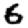
Digit: 6